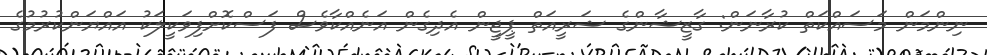
ނިންމަން މަސައްކަތް ކުރާނަން: ގާޒީޝާންގެ ޝަރީއަތް ޕީޖީން އެދިގެން އަނެއްކާވެސް ފަސްކޮށްފިވަކީލަކު އައްޔަންކުރުމުގެ